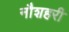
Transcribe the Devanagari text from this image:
नौशहरी